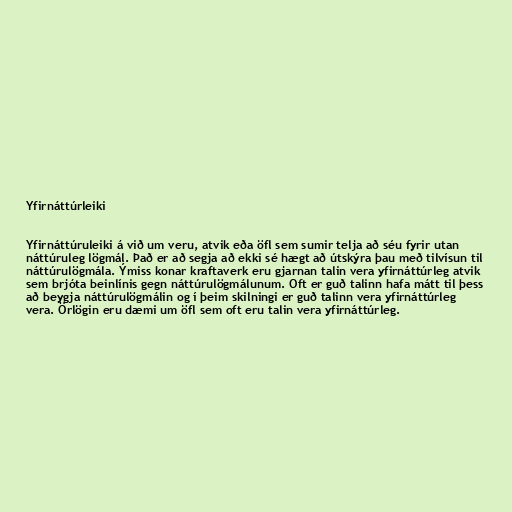
Yfirnáttúrleiki

Yfirnáttúruleiki á við um veru, atvik eða öfl sem sumir telja að séu fyrir utan
náttúruleg lögmál. Það er að segja að ekki sé hægt að útskýra þau með tilvísun til
náttúrulögmála. Ýmiss konar kraftaverk eru gjarnan talin vera yfirnáttúrleg atvik
sem brjóta beinlínis gegn náttúrulögmálunum. Oft er guð talinn hafa mátt til þess
að beygja náttúrulögmálin og í þeim skilningi er guð talinn vera yfirnáttúrleg
vera. Örlögin eru dæmi um öfl sem oft eru talin vera yfirnáttúrleg.